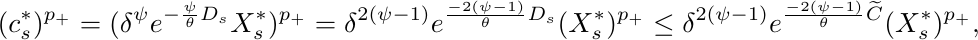
	\begin{align*}
	({c}_{s}^{*})^{p_{+}} = (\delta^{\psi}e^{-\frac{\psi}{\theta}D_{s}}X^{*}_s)^{p_{+}} &= \delta^{2(\psi-1)}e^{\frac{-2(\psi-1)}{\theta}D_{s}}(X^{*}_s)^{p_{+}}\le \delta^{2(\psi-1)}e^{\frac{-2(\psi-1)}{\theta}\widetilde C}(X^{*}_s)^{p_{+}},
	\end{align*}